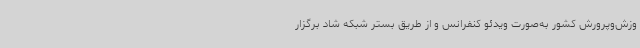
وزش‌وپرورش کشور به‌صورت ویدئو کنفرانس و از طریق بستر شبکه شاد برگزار